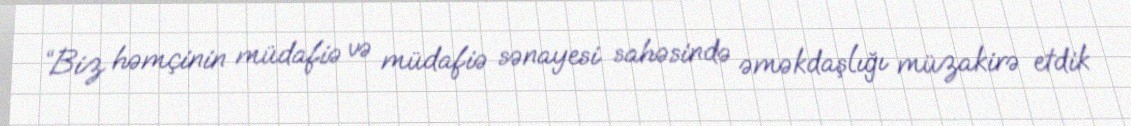
“Biz həmçinin müdafiə və müdafiə sənayesi sahəsində əməkdaşlığı müzakirə etdik